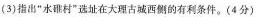
(3)指出“水村”选址在大理古城西侧的有利条件。(4分)